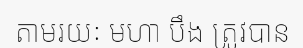
តាមរយៈ មហា បឹង ត្រូវបាន